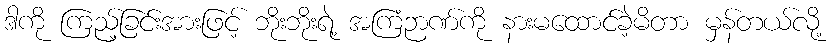
ဒါကို ကြည့်ခြင်းအားဖြင့် ဘိုးဘိုးရဲ့ အကြံဉာဏ်ကို နားမထောင်ခဲ့မိတာ မှန်တယ်လို့